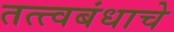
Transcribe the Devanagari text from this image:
तत्त्वबंधाचे